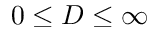
0 \le D \le \infty